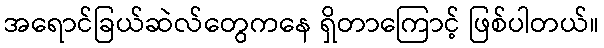
အရောင်ခြယ်ဆဲလ်တွေကနေ ရှိတာကြောင့် ဖြစ်ပါတယ်။